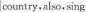
|country, also, sing